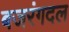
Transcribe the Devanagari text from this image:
बजरंगदल